Report on the Nagpur School of Medicine, Central Provinces
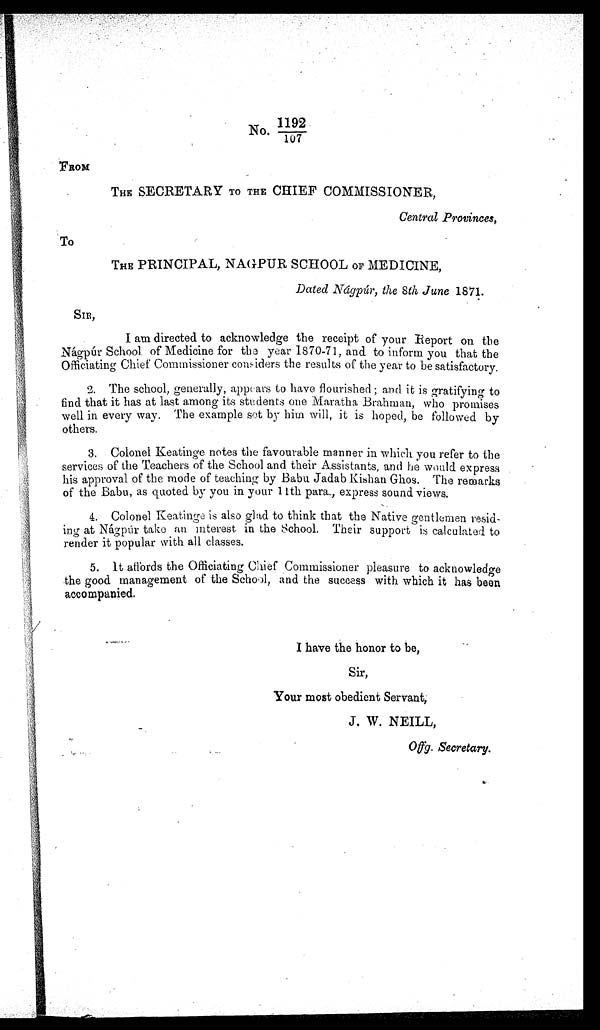
1 1 9 2 / 1 0 7
FROM
THE SECRETARY TO THE CHIEF COMMISSIONER,
Central Provinces,
To
THE PRINCIPAL, NAGPUR SCHOOL OF MEDICINE,
Dated Nagpúr, the 8th June 1871.
SIR,
I am directed to acknowledge the receipt of your Report on the
Nágpúr School of Medicine for the year 1870-71, and to inform you that the
Officiating Chief Commissioner considers the results of the year to be satisfactory.
2. The school, generally, appears to have flourished; and it is gratifying to
find that it has at last among its students one Maratha Brahman, who promises
well in every way. The example sot by him will, it is hoped, be followed by
others.
3. Colonel Keatinge notes the favourable manner in which you refer to the
services of the Teachers of the School and their Assistants, and he would express
his approval of the mode of teaching by Babu Jadab Kishan Ghos. The remarks
of the Babu, as quoted by you in your 11th para., express sound views.
4. Colonel Keatinge is also glad to think that the Native gentlemen resid--
ing at Nágpúr take an interest in the School. Their support is calculated to
render it popular with all classes.
5.
It affords the Officiating Chief Commissioner pleasure to acknowledge
the good management of the School, and the success with which it has been
accompanied.
I have the honor to be,
Sir,
Your most obedient Servant,
J. W. NEILL,